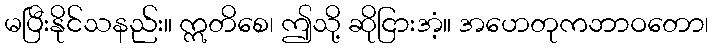
မပြီးနိုင်သနည်း။ ဣတိစေ၊ ဤသို့ ဆိုငြားအံ့။ အဟေတုကဘာဝတော၊